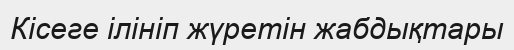
Кісеге ілініп жүретін жабдықтары